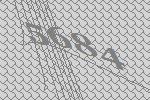
5684